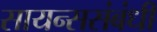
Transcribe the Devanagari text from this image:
सायन्ससंबंधी